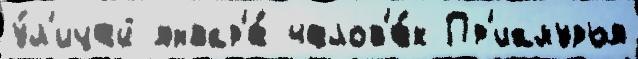
у́л'ицей январ'е́ челов'е́к Пр'иамурья